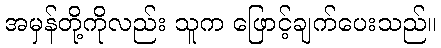
အမှန်တို့ကိုလည်း သူက ဖြောင့်ချက်ပေးသည်။